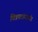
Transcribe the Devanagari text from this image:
चित्रपटासंदर्भात